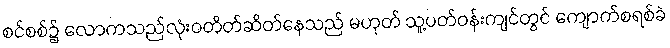
စင်စစ်၌ လောကသည်လုံးဝတိတ်ဆိတ်နေသည် မဟုတ် သူ့ပတ်ဝန်းကျင်တွင် ကျောက်စရစ်ခဲ